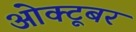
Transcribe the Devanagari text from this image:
ओक्टूबर